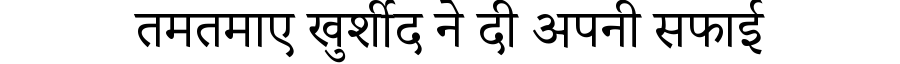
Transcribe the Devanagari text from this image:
तमतमाए खुर्शीद ने दी अपनी सफाई